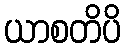
ယာစတိပိ